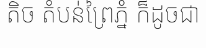
តិច តំបន់ព្រៃភ្នំ ក៏ដូចជា